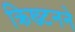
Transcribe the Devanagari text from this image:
क्रिख्टनने